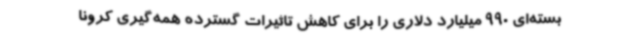
بسته‌ای 990 میلیارد دلاری را برای کاهش تاثیرات گسترده همه‌گیری کرونا